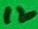
Text: 12